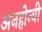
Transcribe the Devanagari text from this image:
अनहोन्‍वी